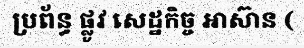
ប្រព័ន្ធ ផ្លូវ សេដ្ឋកិច្ច អាស៊ាន (